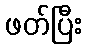
ဖတ်ပြီး